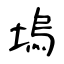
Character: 塢